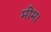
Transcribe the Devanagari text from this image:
मीम।